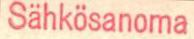
Sähkösanoma